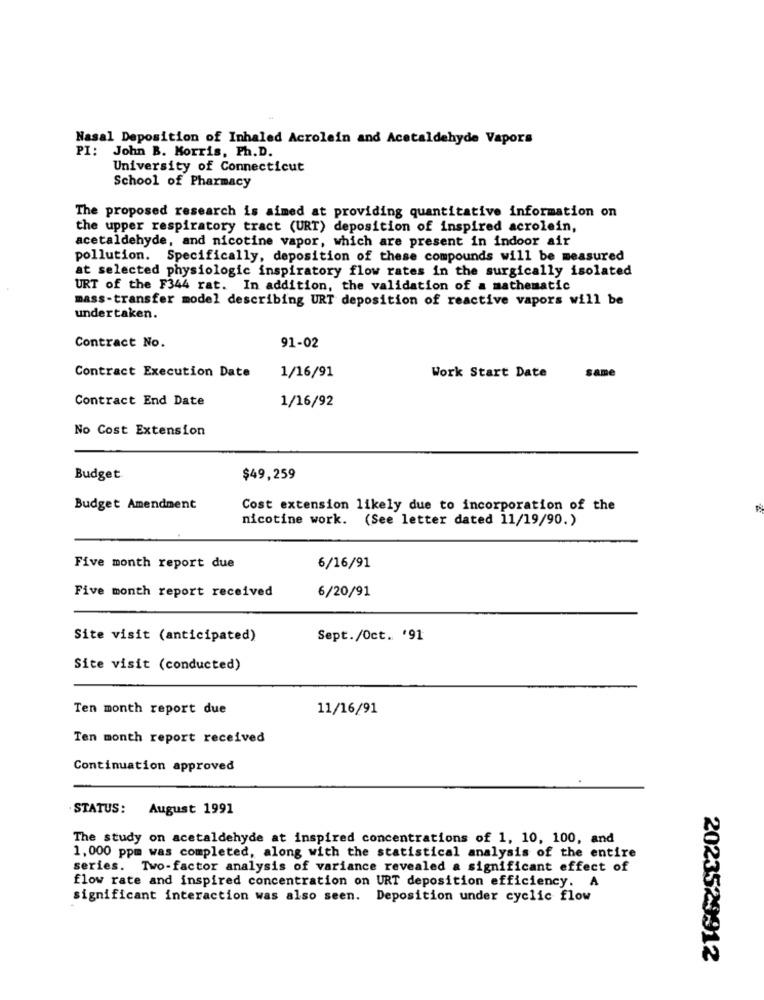
Nasal Deposition of Inhaled Acrolein and Acetaldehyde Vapors
PI: John B. Morris, Ph.D.
University of Connecticut
School of Pharmacy
The proposed research is aimed at providing quantitative information on
the upper respiratory tract (URT) deposition of inspired acrolein,
acetaldehyde, and nicotine vapor, which are present in indoor air
pollution. Specifically, deposition of these compounds will be measured
at selected physiologic inspiratory flow rates in the surgically isolated
URT of the F344 rat. In addition, the validation of a mathematic
mass-transfer model describing URT deposition of reactive vapors will be
undertaken.
Contract No.
91-02
1/16/91
Work Start Date
same
Contract Execution Date
Contract End Date
1/16/92
No Cost Extension
Budget
$49,259
Budget Amendment
Cost extension likely due to incorporation of the
nicotine work. (See letter dated 11/19/90.)
Five month report due
6/16/91
Five month report received
6/20/91
Site visit (anticipated)
Sept./Oct. '91
Site visit (conducted)
Ten month report due
11/16/91
Ten month report received
Continuation approved
STATUS:
August 1991
The study on acetaldehyde at inspired concentrations of 1, 10, 100, and
1, 000 ppm was completed, along with the statistical analysis of the entire
series. Two-factor analysis of variance revealed a significant effect of
flow rate and inspired concentration on URT deposition efficiency. A
significant interaction was also seen. Deposition under cyclic flow
2023529912